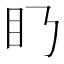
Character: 𥃥